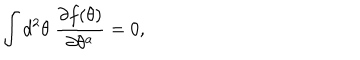
\int d ^ { 2 } \theta \; \frac { \partial f ( \theta ) } { \partial \theta ^ { a } } = 0 ,